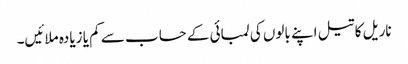
ناریل کا تیل اپنے بالوں کی لمبائی کے حساب سے کم یا زیادہ ملائیں۔